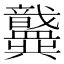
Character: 𫤶